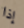
إذا